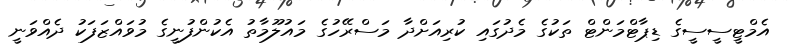
އެމްޓީސީސީގެ ޑިޕާޓްމަންޓް ތަކުގެ މެދުގައި ކުރިއަށްދާ މަސްރޭހުގެ މައުލޫމާތު އެކުންފުނީގެ މުވައްޒަފަކު ދެއްވަނީ